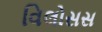
વિલોસસ